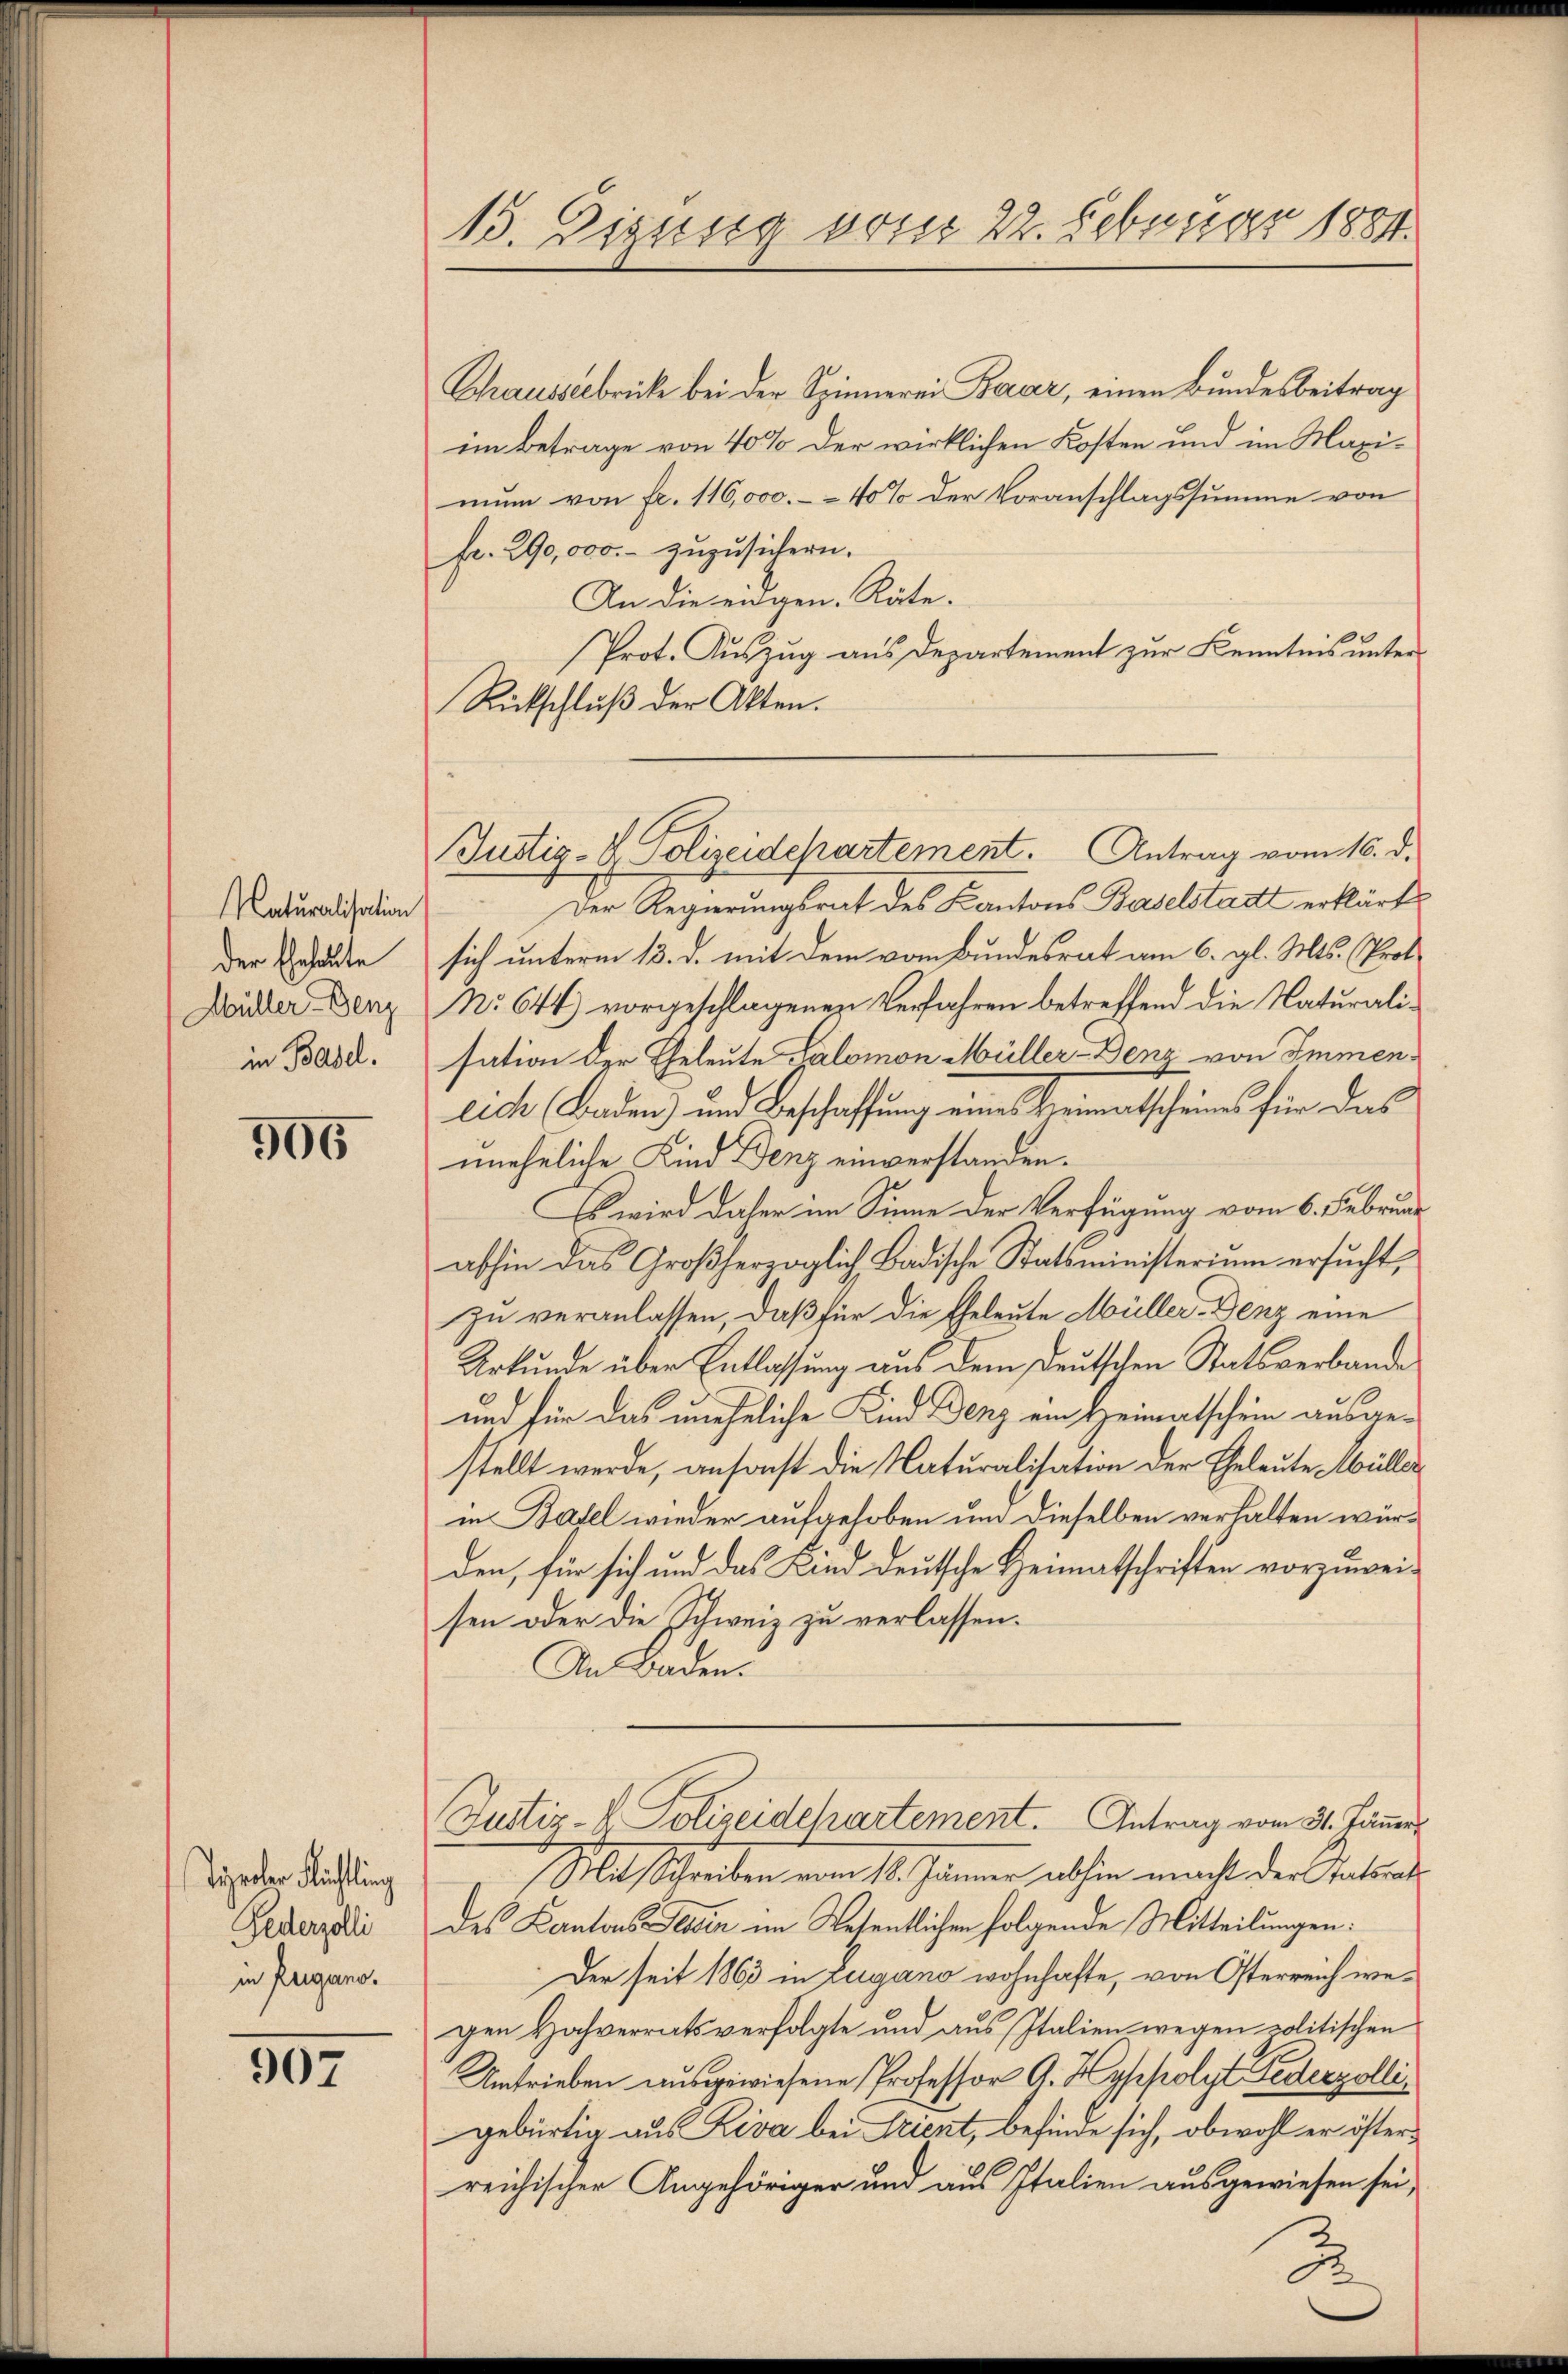
Maturalisation
der Eheleute
Müller-Denz
in Basel.

506

Tiroler Richtling
Federzolli
in Reigano.

907

15. Digusig vom 22. Februar 1884.

Justiz- & Polizeidepartement. Antrag vom 16. d.

Chrausserbricke bei der Spinnerei Baar, einen Bundesbeitrag
im Betrage von 40% der wirklichen Kosten und im Maximun von fr. 116,000.- 40% der Voranschlagssumme von
fr. 290,000.- zuzusichern.
An die eigen. Räte.
Prot. Auszug aus Departement zur Kenntnis unter
Rückschluß der Akten.
Der Regierungsrat des Kantons Baselstatt erklärt
sich unterm 13. d. mit dem vom Bundesrat am 6. gl. Mts. (Prot
No 641) vorgeschlagenen Verfahren betreffend die Naturalisation der Eheleute Kalomon Müller-Benz von Immenlich Baden) und Beschaffung eines Heimatscheines für das
uneheliche Kind Benz einverstanden.
Es wird daher im Sinne der Verfügung vom 6. Februar
abhin das Großherzoglich-Badische Statsministerium ersucht,
zu veranlassen, daß für die Eheleute Müller-Genz eine
Urkunde über Entlassung aus dem Deutschen Statsverbande
und für das uneheliche Kind Benz ein Heimatschein ausgestellt werde, ansonst die Naturalisation der Eheleute Müller
in Basel wieder aufgehoben und dieselben verhalten würden, für sich und das Kind deutsche Heimatschriften vorzuweisen oder die Schweiz zu verlassen.
An Baden.
Justiz- & Polizeidchartement. Antrag vom 31. Jänner
Mit Schreiben vom 18. Jänner abhin macht der Ratsrat
des Kantons Tessin im Wesentlichen folgende Mitteilungen:
Der seit 1863 in Zugano wohnhafte, von Osterreich wegen Hochverrats verfolgte und aus Italien wegen politischen
Umtrieben ausgewiesene Professor A. Hyspolyt Federzolligebürtig aus Riva bei Trient, befinde sich, obwohl er österreichischer Angehöriger und aus Italien ausgewiesen sei,

.